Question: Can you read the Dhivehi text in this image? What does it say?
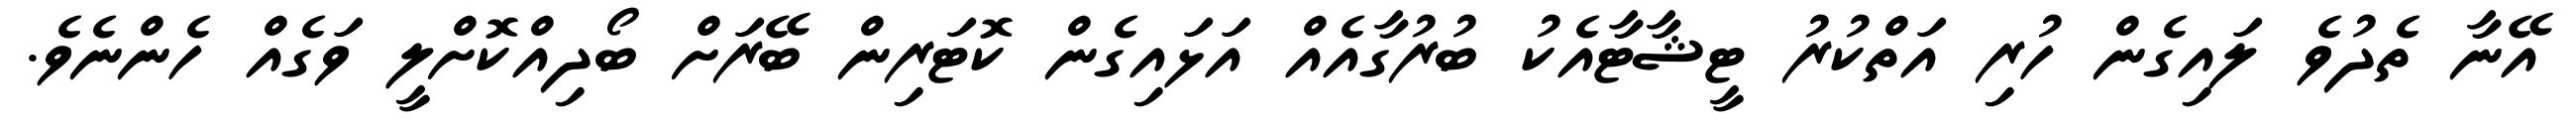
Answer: އޭނާ ތެދުވެ ލައިގެން ހުރި އަތްކުރު ޓީޝާޓާއެކު ބުރުގާއެއް އަޅައިގެން ކޮޓަރިން ބޭރަށް ބޯދިއްކޮށްލީ ވަގެއް ހެންނެވެ.